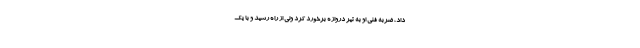
داد، ضربه فنی او به تیر دروازه برخورد کرد ولی از راه رسید و با یک